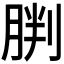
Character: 𫆠